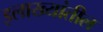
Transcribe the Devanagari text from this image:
इलाख्यांतील